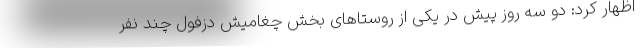
اظهار کرد: دو سه روز پیش در یکی از روستاهای بخش چغامیش دزفول چند نفر